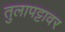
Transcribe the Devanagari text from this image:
तुलापट्टावर